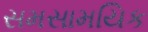
સમસામયિક